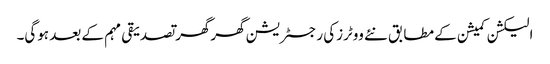
الیکشن کمیشن کے مطابق نئے ووٹرزکی رجسٹریشن گھرگھر تصدیقی مہم کے بعد ہوگی۔